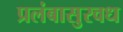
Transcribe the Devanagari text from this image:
प्रलंबासुरवध